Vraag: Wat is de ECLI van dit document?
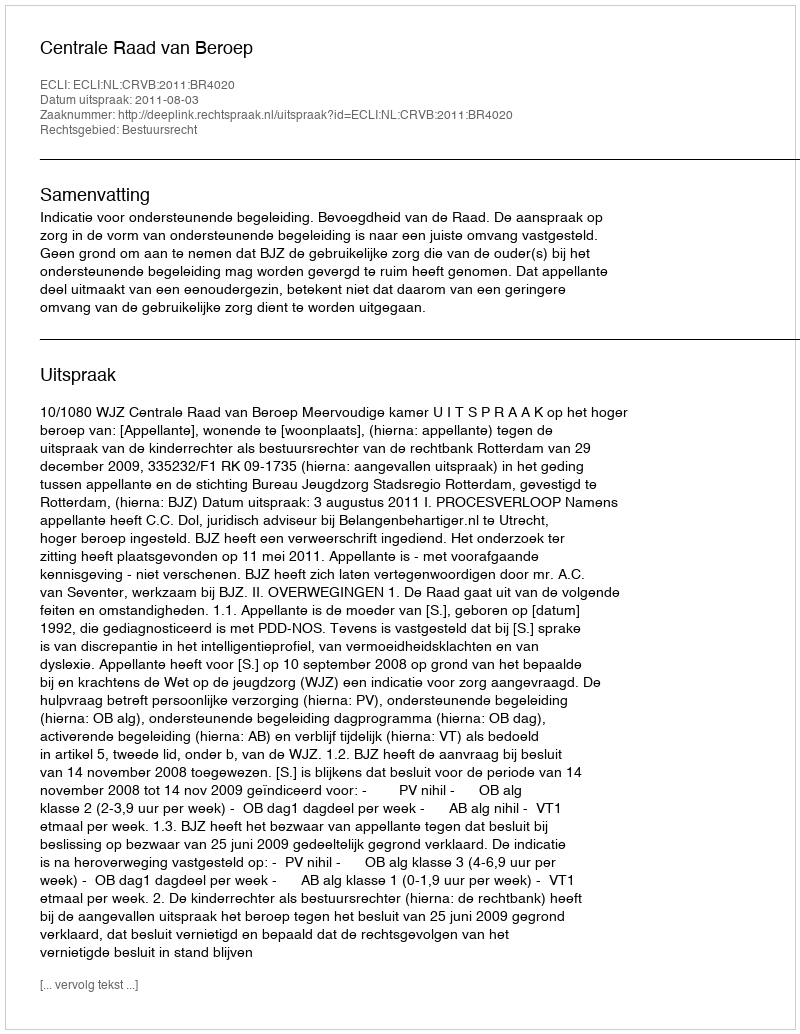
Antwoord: ECLI:NL:CRVB:2011:BR4020